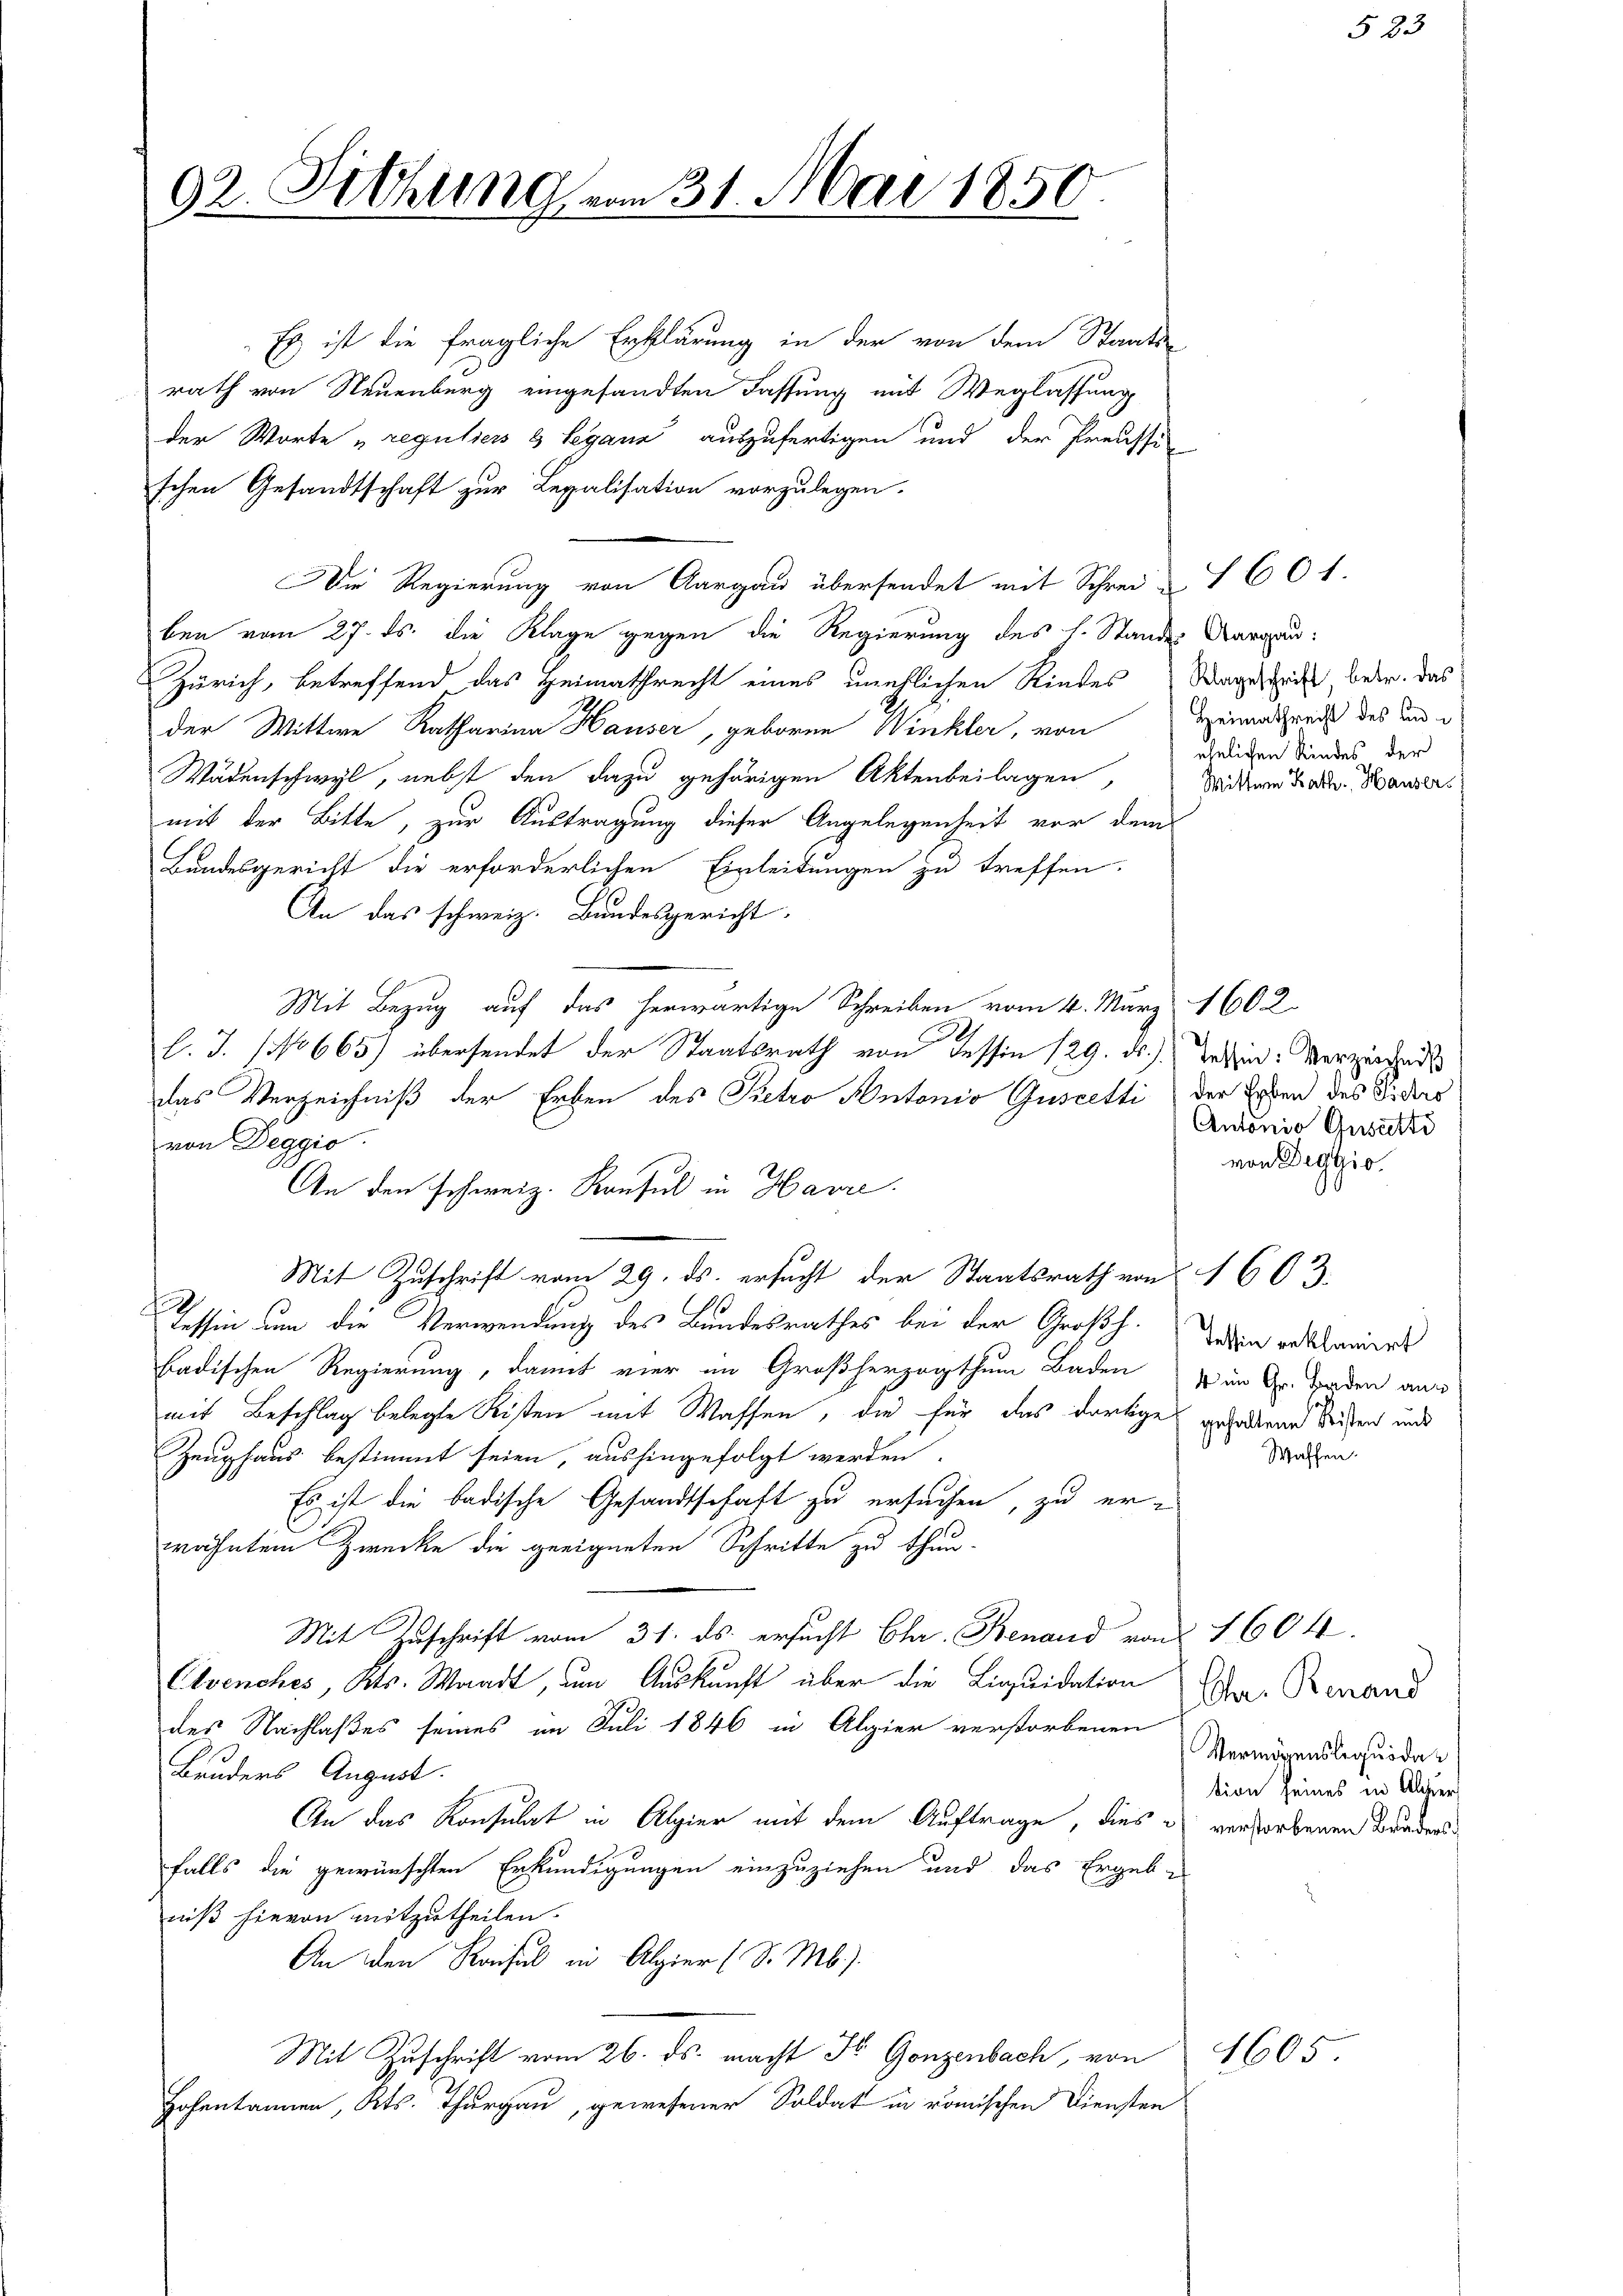
92. Sitzung vom 31. Mai 1850.

An den schweiz. Konsul in Havre

Es ist die fragliche Erklärung in der von dem Staats-
rath von Neuenburg eingesandten Fassung mit Weglassung
der Worte „reguliers & legann auszufertigen und der Preussi
schen Gesandtschaft zur Legalisation vorzulegen.
Die Regierung von Aargau übersendet mit Schrei 7601.
ben vom 27. ds. die Klage gegen die Regierung des h. Standes Aargau:
Zürich, betreffend das Heimathrecht eines unehlichen Kindes Wagestricht, betr. das
der Wittwe Katharina Hauser, geboren Winkler, von
Wädenschwyl, nebst den dazu gehörigen Aktenbeilagen,
mit der Bitte, zur Austragung dieser Angelegenheit vor dem
Bundesgericht die erforderlichen Einleitungen zu treffen.
An das schweiz. Bundesgericht
Mit Bezug auf das herwärtige Schreiben vom 4. März 1602.
l. J. (NNo665) übersendet der Staatsrath von dessin 129. d.) Tessin: Verziehend
das Verzeichniß der Erben des Pietro Antonio Guscetti) der Erben des Fiders
von Deggio
Mit Zuschrift vom 29. ds. ersucht der Staatsrath von 1603
Tessin um die Verwendung des Bundesrathes bei der Großh. Jeden reklamiers
badischen Regierung, damit vier im Großherzogthum Baden in Gr. Baden aus
mit Beschlag belegte Kisten mit Waffen, die für das dortige geforden Seiten und
Zeughaus bestimmt seien, aushingefolgt werden.
Es ist die badische Gesandtschaft zu ersuchen, zu er-
wähntem Zwecke die geeigneten Schritte zu thun.
Mit Zuschrift vom 31. ds. ersucht Char. Benaud von
Elvenches, Kts. Waadt, um Auskunft über die Liquidation
des Nachlaßes seines im Juli 1846 in Algier verstorbenen
Bruders August.
An das Konsulat in Algier mit dem Auftrage, dies
falls die gewünschten Erkundigungen einzuziehen und das Ergebe
niß hievon mitzutheilen.
An den Kaisul in Algier (S. Mb.).
Mit Zuschrift vom 26. ds. macht Fr. Gonzenbach, von
Hohentannen, Kts. Thurgau, gewesener Soldat in römischen Diensten

Heimathrecht des und i
ehelichen Kindes der
Wittwen Kath. Hauser

5

83

Antonio Gusutti
von Deggio

Waffen.

Chr. Renand
Vermögenslequöde
tion seines in Alter
verstorbenen Bruders¬

1604.

1605